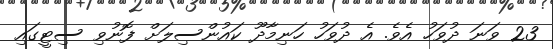
23 ވަނަ ދުވަހު އެވެ. އެ ދުވަހު ހަނިމާދޫ ކައުންސިލަށް ފޮނުވި ސިޓީގައި